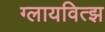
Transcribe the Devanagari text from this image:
ग्लायवित्झ